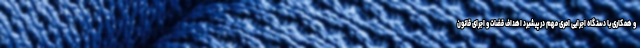
و همکاری با دستگاه اجرایی امری مهم در پیشبرد اهداف قضات و اجرای قانون